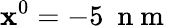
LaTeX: \mathbf{x}^{0}=-5~\mathrm{{~n~m~}}